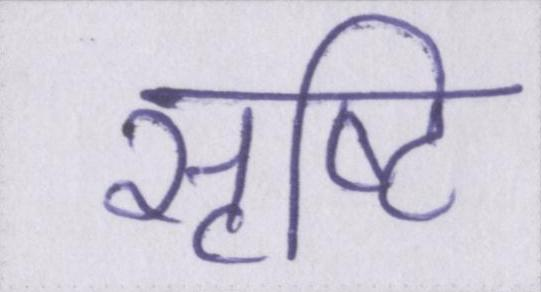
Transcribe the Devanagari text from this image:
सृष्टि